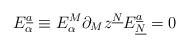
\begin{align*}E_\alpha^{\underline{a}} \equiv E_\alpha^M \partial_M z^{\underline{N}}E_{\underline{N}}^{\underline{a}} = 0\end{align*}